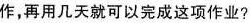
作，再用几天就可以完成这项作业？